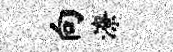
向潦